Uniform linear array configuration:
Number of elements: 4
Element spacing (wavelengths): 0.25
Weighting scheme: binomial
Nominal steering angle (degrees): -45
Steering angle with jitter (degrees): -43.176
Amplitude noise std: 0.05
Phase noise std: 0.05

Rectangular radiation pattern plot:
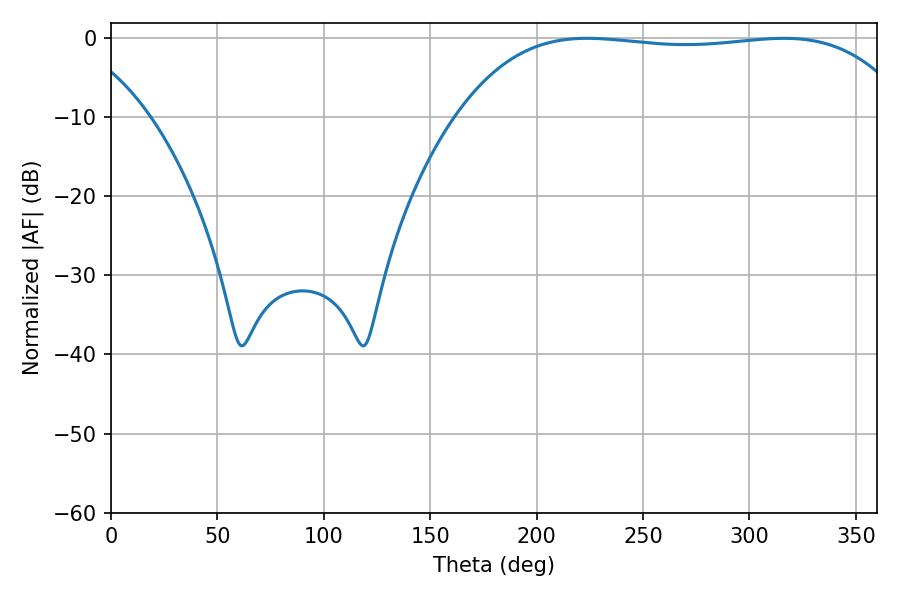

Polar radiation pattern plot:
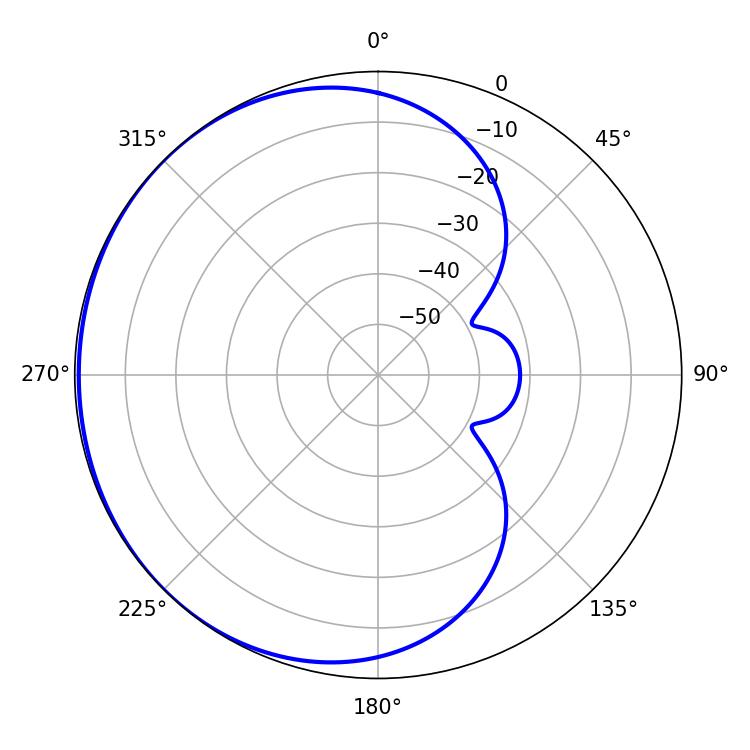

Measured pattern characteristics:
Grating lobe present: FALSE
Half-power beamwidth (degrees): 167.76
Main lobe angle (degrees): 223.74